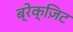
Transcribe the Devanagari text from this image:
ब्रेक्ज़िट